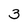
Character: 3